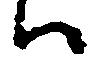
ハ